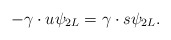
\begin{align*}-\gamma \cdot u\psi _{2L}=\gamma \cdot s\psi _{2L}. \end{align*}